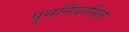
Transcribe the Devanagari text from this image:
पुनर्निवासित